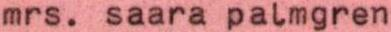
mrs. saara palmgren